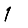
Digit: 1